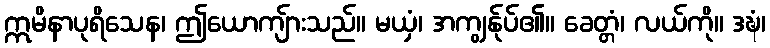
ဣမိနာပုရိသေန၊ ဤယောကျ်ားသည်။ မယှံ၊ အကျွန်ုပ်၏။ ခေတ္တံ၊ လယ်ကို။ ဒဍ္ဎံ၊